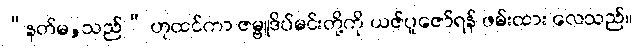
“နတ်မ,သည်” ဟုထင်ကာ ဇမ္ဗူဒိပ်မင်းတို့ကို ယဇ်ပူဇော်ရန် ဖမ်းထား လေသည်။